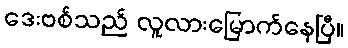
ဒေးဗစ်သည် လူလားမြောက်နေပြီ။